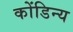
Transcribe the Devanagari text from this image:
कोंडिन्य